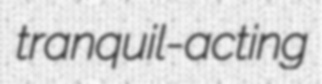
tranquil-acting